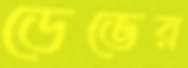
ডেভের